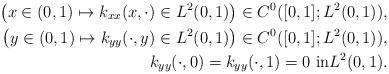
LaTeX: \begin{align*} \left( x\in (0,1)\mapsto k_{xx}(x,\cdot)\in L^2(0,1)\right) \in C^0([0,1];L^2(0,1)),\\ \left( y\in (0,1)\mapsto k_{yy}(\cdot,y)\in L^2(0,1)\right) \in C^0([0,1];L^2(0,1)),\\k_{yy}(\cdot,0)=k_{yy}(\cdot,1)=0 \text{ in} L^2(0,1).\end{align*}